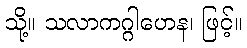
သို့။ သလာကဂ္ဂါဟေန၊ ဖြင့်။